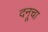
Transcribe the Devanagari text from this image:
दनूचा